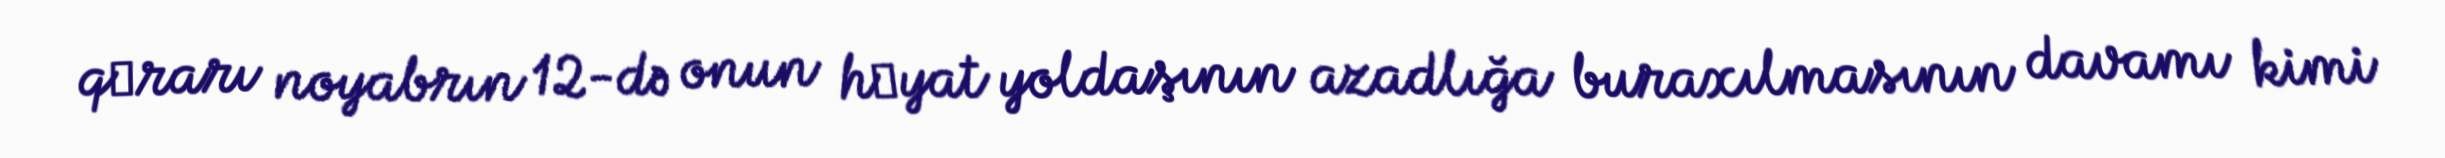
qәrarı noyabrın 12-də onun hәyat yoldaşının azadlığa buraxılmasının davamı kimi